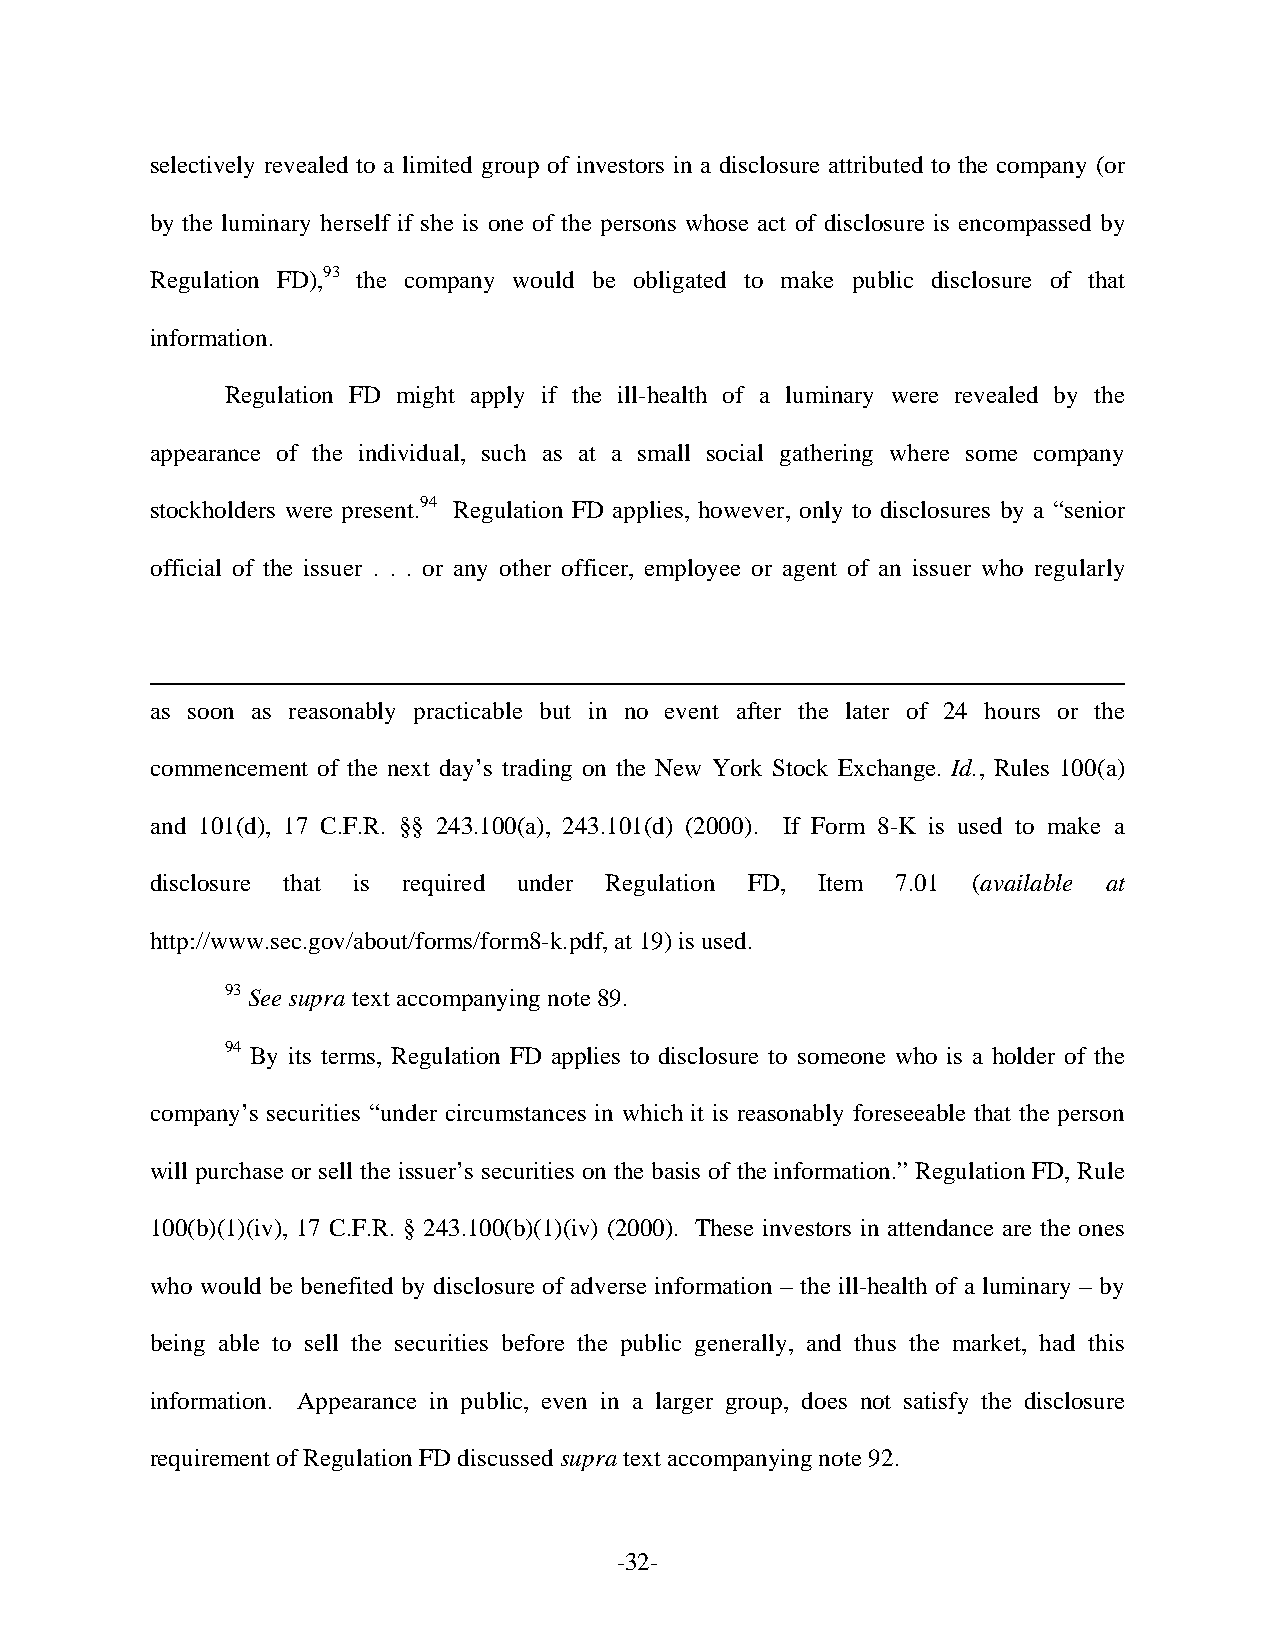
selectively revealed to a limited group of investors in a disclosure attributed to the company (or
 by the luminary herself if she is one of the persons whose act of disclosure is encompassed by
 Regulation FD),93 the company would be obligated to make public disclosure of that
 information.
 Regulation FD might apply if the ill-health of a luminary were revealed by the
 appearance of the individual, such as at a small social gathering where some company
 stockholders were present.94 Regulation FD applies, however, only to disclosures by a “senior
 official of the issuer . . . or any other officer, employee or agent of an issuer who regularly
 as soon as reasonably practicable but in no event after the later of 24 hours or the
 commencement of the next day’s trading on the New York Stock Exchange. Id., Rules 100(a)
 and 101(d), 17 C.F.R. §§ 243.100(a), 243.101(d) (2000). If Form 8-K is used to make a
 disclosure that is required under Regulation FD, Item 7.01 (available at
 http://www.sec.gov/about/forms/form8-k.pdf, at 19) is used.
 93 See supra text accompanying note 89.
 94 By its terms, Regulation FD applies to disclosure to someone who is a holder of the
 company’s securities “under circumstances in which it is reasonably foreseeable that the person
 will purchase or sell the issuer’s securities on the basis of the information.” Regulation FD, Rule
 100(b)(1)(iv), 17 C.F.R. § 243.100(b)(1)(iv) (2000). These investors in attendance are the ones
 who would be benefited by disclosure of adverse information – the ill-health of a luminary – by
 being able to sell the securities before the public generally, and thus the market, had this
 information. Appearance in public, even in a larger group, does not satisfy the disclosure
 requirement of Regulation FD discussed supra text accompanying note 92.
 -32-